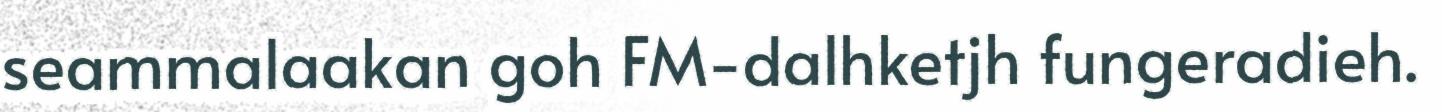
seammalaakan goh FM-dalhketjh fungeradieh.